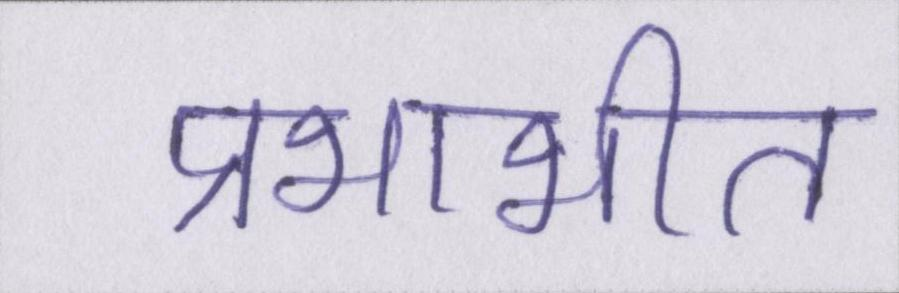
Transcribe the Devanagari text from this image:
प्रभाभीत